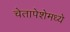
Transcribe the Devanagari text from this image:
चेतापेशेमध्ये